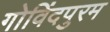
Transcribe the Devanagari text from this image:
गोविंदपुरम